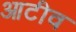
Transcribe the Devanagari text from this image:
आटीव